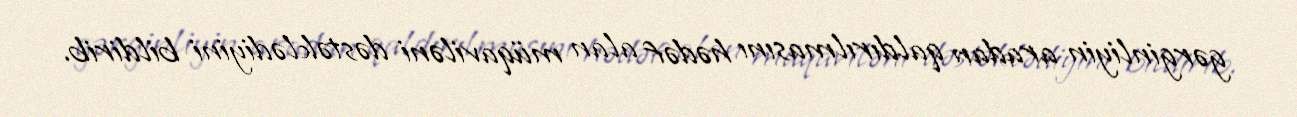
gərginliyin aradan qaldırılmasını hədəf alan müqaviləni dəstəklədiyini bildirib.